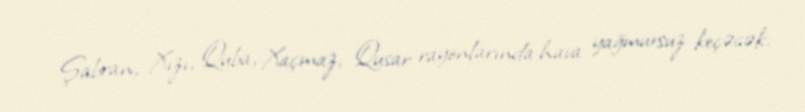
Şabran, Xızı, Quba, Xaçmaz, Qusar rayonlarında hava yağmursuz keçəcək.